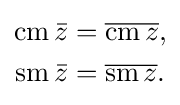
{\begin{aligned}\operatorname {cm} {\bar {z}}&={\overline {\operatorname {cm} z}},\\\operatorname {sm} {\bar {z}}&={\overline {\operatorname {sm} z}}.\end{aligned}}